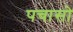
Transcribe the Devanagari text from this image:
पचासो